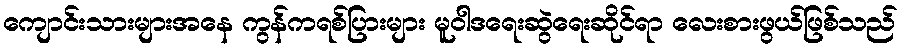
ကျောင်းသားများအနေ ကွန်ကရစ်ပြားများ မူဝါဒရေးဆွဲရေးဆိုင်ရာ လေးစားဖွယ်ဖြစ်သည်